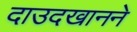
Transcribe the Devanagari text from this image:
दाउदखानने